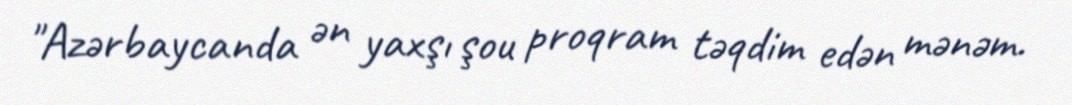
"Azərbaycanda ən yaxşı şou proqram təqdim edən mənəm.